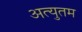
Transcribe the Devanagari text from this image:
अत्युतम